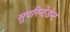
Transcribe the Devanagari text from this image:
सुपरिन्टेडेन्ट